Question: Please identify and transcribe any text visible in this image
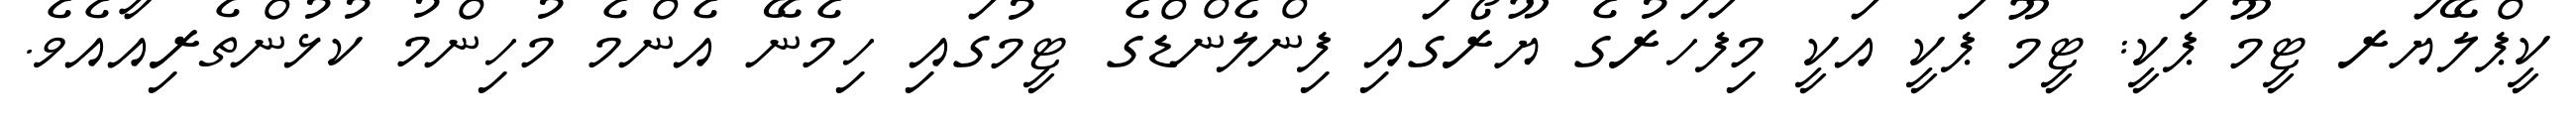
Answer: ކީޕްލޭޔަރ ޓީމޫ ޕަކީ: ޓީމޫ ޕަކީ އަކީ މިފަހަރުގެ ޔޫރޯގައި ފިންލެންޑްގެ ޓީމުގައި ހިމެނޭ އެންމެ މުހިންމު ކުޅުންތެރިއާއެވެ.